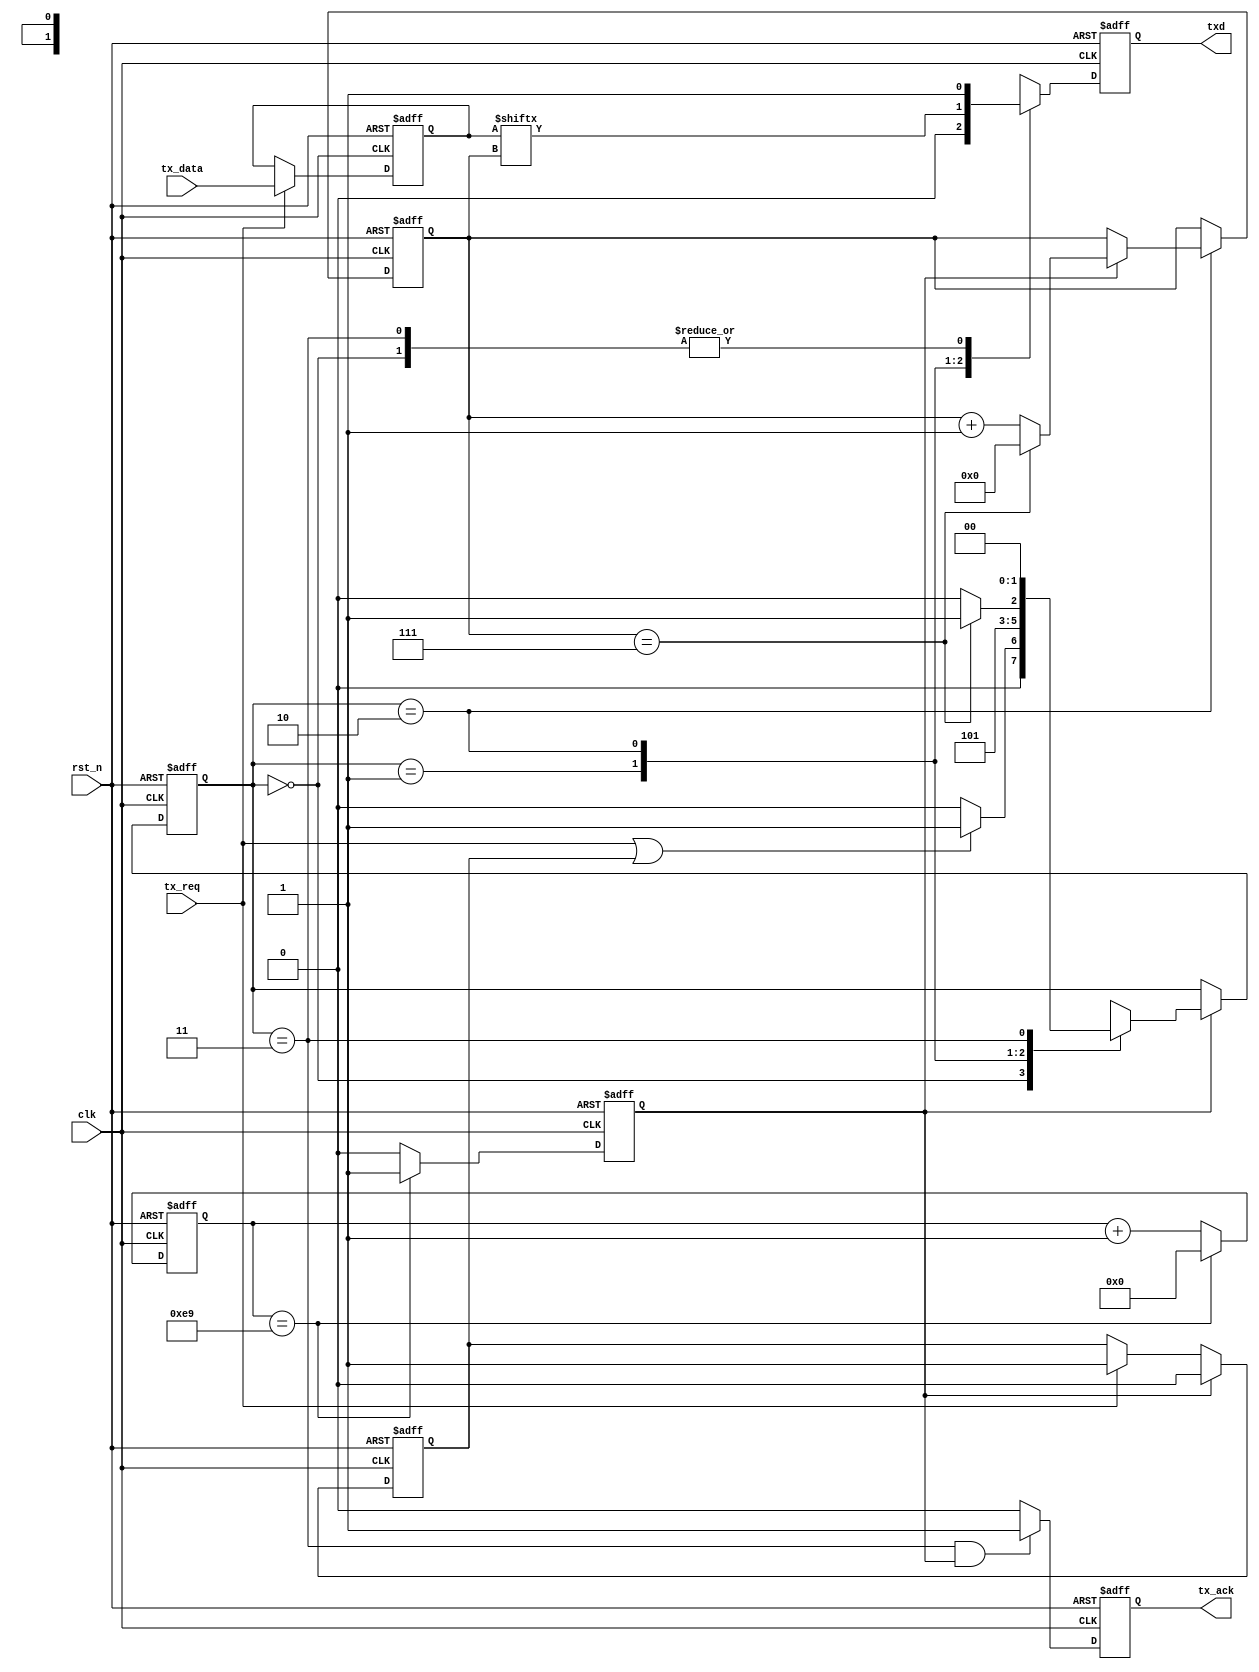
module stx(
    input                 clk               ,
    input                 rst_n             ,
    input                 tx_req            ,
    input       [7:0]     tx_data           ,
    output reg            tx_ack            ,
    output reg            txd
    
);

//*****************************************************************************
// parameters
//*****************************************************************************
parameter       DIVBAUD                     = 16'd234           ;
parameter       BITNUM                      = 4'd10             ;

//fsm
parameter       TXIDLE                      = 2'b00             ;
parameter       TXSTART                     = 2'b01             ;
parameter       TXDATA                      = 2'b10             ;
parameter       TXSTOP                      = 2'b11             ;


//*****************************************************************************
// variable declaration
//*****************************************************************************
reg                             pulse_baud                      ;
reg     [15:0]                  cnt_baud                        ;

reg                             tx_req_lat                      ;
reg     [7:0]                   tx_data_buf                     ;

reg     [1:0]                   ns_ctrl                         ;
reg     [1:0]                   cs_ctrl                         ;

reg     [3:0]                   cnt_tx                          ;


//*****************************************************************************
// continuous assignment
//*****************************************************************************

//*****************************************************************************
// block statement
//*****************************************************************************
//-----------------------------------------------------------------------------
// pulse signal for sampling serial data according to baud rate
//-----------------------------------------------------------------------------
always @(posedge clk or negedge rst_n)
begin
    if (rst_n == 1'b0)
    begin
        cnt_baud <= 16'd0;
        pulse_baud <= 1'b0;
    end
    else
    begin
        if (cnt_baud == DIVBAUD - 16'd1)
        begin
            cnt_baud <= 16'd0;
            pulse_baud <= 1'b1;
        end
        else
        begin
            cnt_baud <= cnt_baud + 16'd1;
            pulse_baud <= 1'b0;
        end
    end
end

always @(posedge clk or negedge rst_n)
begin
    if (rst_n == 1'b0)
    begin
        tx_req_lat <= 1'b0;
    end
    else
    begin
        if (pulse_baud == 1'b1)
        begin
            tx_req_lat <= 1'b0;
        end
        else if (tx_req == 1'b1)
        begin
            tx_req_lat <= 1'b1;
        end
    end
end

always @(posedge clk or negedge rst_n)
begin
    if (rst_n == 1'b0)
    begin
        tx_data_buf <= 8'b0;
    end
    else
    begin
        if (tx_req == 1'b1)
        begin
            tx_data_buf <= tx_data;
        end
    end
end

//-----------------------------------------------------------------------------
// transmit FSM
//-----------------------------------------------------------------------------
always @(posedge clk or negedge rst_n)
begin
    if (rst_n == 1'b0)
    begin
        cs_ctrl <= TXIDLE;
    end
    else
    begin
        if (pulse_baud == 1'b1)
        begin
            cs_ctrl <= ns_ctrl;
        end
    end
end

always @(*)
begin
    case (cs_ctrl)
        TXIDLE:
        begin
            if ((tx_req == 1'b1) || (tx_req_lat == 1'b1))
            begin
                ns_ctrl = TXSTART;
            end
            else
            begin
                ns_ctrl = TXIDLE;
            end
        end
        TXSTART:
        begin
             ns_ctrl = TXDATA;
        end
        TXDATA:
        begin
            if (cnt_tx == 4'd7)
            begin
                ns_ctrl = TXSTOP;
            end
            else
            begin
                ns_ctrl = TXDATA;
            end
        end
        TXSTOP:
        begin
            ns_ctrl = TXIDLE;
        end
    endcase
end

//-----------------------------------------------------------------------------
// counter for bits has been transmitted
//-----------------------------------------------------------------------------
always @(posedge clk or negedge rst_n)
begin
    if (rst_n == 1'b0)
    begin
        cnt_tx <= 4'b0;
    end
    else
    begin
        if (cs_ctrl == TXDATA)
        begin
            if (pulse_baud == 1'b1)
            begin
                if (cnt_tx == 4'd7)
                begin
                    cnt_tx <= 4'd0;
                end
                else
                begin
                    cnt_tx <= cnt_tx + 4'd1;
                end
            end
        end
    end
end

//-----------------------------------------------------------------------------
// send serial bit
//-----------------------------------------------------------------------------
always @(posedge clk or negedge rst_n)
begin
    if (rst_n == 1'b0)
    begin
        txd <= 1'b0;
    end
    else
    begin
        case(cs_ctrl)
            TXIDLE:
            begin
                txd <= 1'b1;
            end
            TXSTART:
            begin
                txd <= 1'b0;
            end
            TXDATA:
            begin
                txd <= tx_data_buf[cnt_tx];
            end
            TXSTOP:
            begin
                txd <= 1'b1;
            end
        endcase
    end
end

//-----------------------------------------------------------------------------
// send acknowledge signal
//-----------------------------------------------------------------------------
always @(posedge clk or negedge rst_n)
begin
    if (rst_n == 1'b0)
    begin
        tx_ack <= 1'b0;
    end
    else
    begin
        if ((cs_ctrl == TXSTOP) && (pulse_baud == 1'b1))
        begin
            tx_ack <= 1'b1;
        end
        else
        begin
            tx_ack <= 1'b0;
        end
    end
end

endmodule